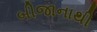
બીજાનાથી